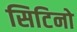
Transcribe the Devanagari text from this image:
सिटिनो